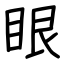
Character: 眼